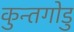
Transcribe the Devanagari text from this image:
कुन्तगोडु